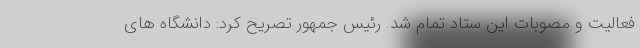
فعالیت و مصوبات این ستاد تمام شد. رئیس جمهور تصریح کرد: دانشگاه های